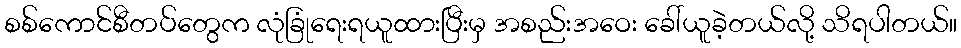
စစ်ကောင်စီတပ်တွေက လုံခြုံရေးရယူထားပြီးမှ အစည်းအဝေး ခေါ်ယူခဲ့တယ်လို့ သိရပါတယ်။